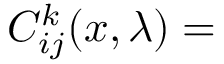
C _ { i j } ^ { k } ( x , \lambda ) =